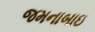
જમનાબાઇ